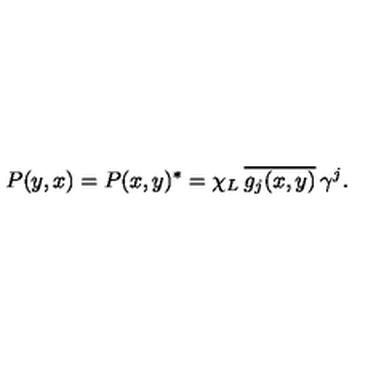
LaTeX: P ( y , x ) = P ( x , y ) ^ { * } = \chi _ { L } \: \overline { { g _ { j } ( x , y ) } } \: \gamma ^ { j } .